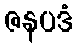
ဇနပဒံ